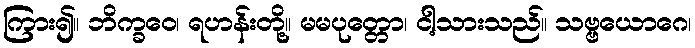
ကြား၍။ ဘိက္ခဝေ၊ ရဟန်းတို့။ မမပုတ္တော၊ ငါ့သားသည်။ သဗ္ဗယောဂေ၊